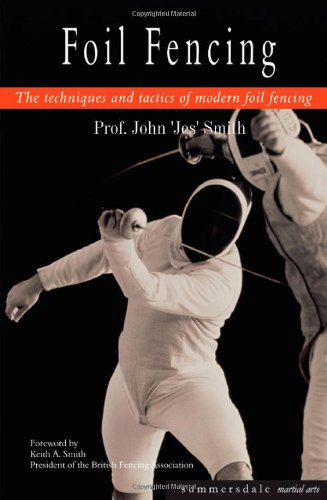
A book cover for Foil Fencing: The Techniques and Tactics of Modern Foil Fencing; John Smith; Sports & Outdoors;